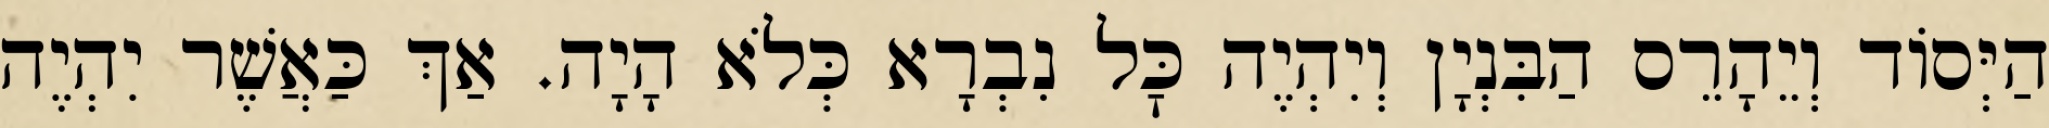
הַיְּסוֹד וְיֵהָרֵס הַבִּנְיָן וְיִהְיֶה כׇּל נִבְרָא כְּלֹא הָיָה. אַךְ כַּאֲשֶׁר יִהְיֶה